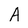
Character: A